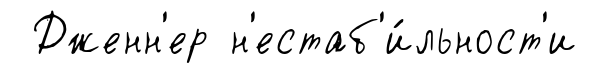
Дженн'ер н'естаб'и́льност'и